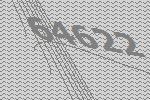
64622